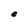
Character: e